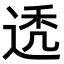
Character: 𬨩